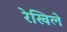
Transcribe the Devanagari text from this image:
रेखिले